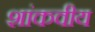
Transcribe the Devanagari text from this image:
शांकवीय